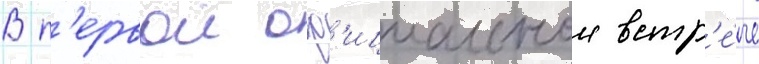
В п'ервои оф'ициальнои встр'е́че